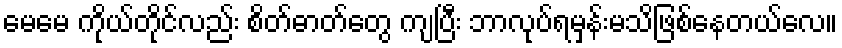
မေမေ ကိုယ်တိုင်လည်း စိတ်ဓာတ်တွေ ကျပြီး ဘာလုပ်ရမှန်းမသိဖြစ်နေတယ်လေ။